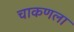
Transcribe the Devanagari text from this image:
चाकणला